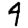
Digit: 4